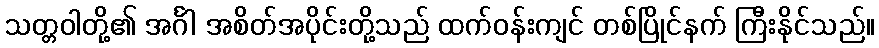
သတ္တဝါတို့၏ အင်္ဂါ အစိတ်အပိုင်းတို့သည် ထက်ဝန်းကျင် တစ်ပြိုင်နက် ကြီးနိုင်သည်။